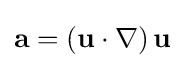
\mathbf {a} =\left(\mathbf {u} \cdot \nabla \right)\mathbf {u}